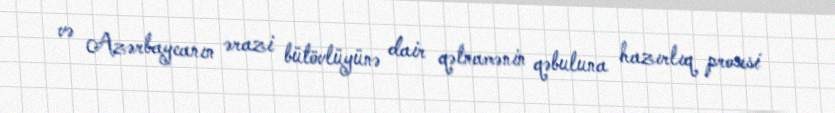
və Azərbaycanın ərazi bütövlüyünə dair qətnamənin qəbuluna hazırlıq prosesi